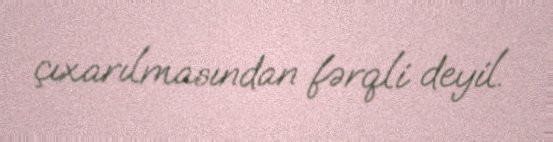
çıxarılmasından fərqli deyil.